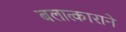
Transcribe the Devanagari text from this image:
बलात्काराने